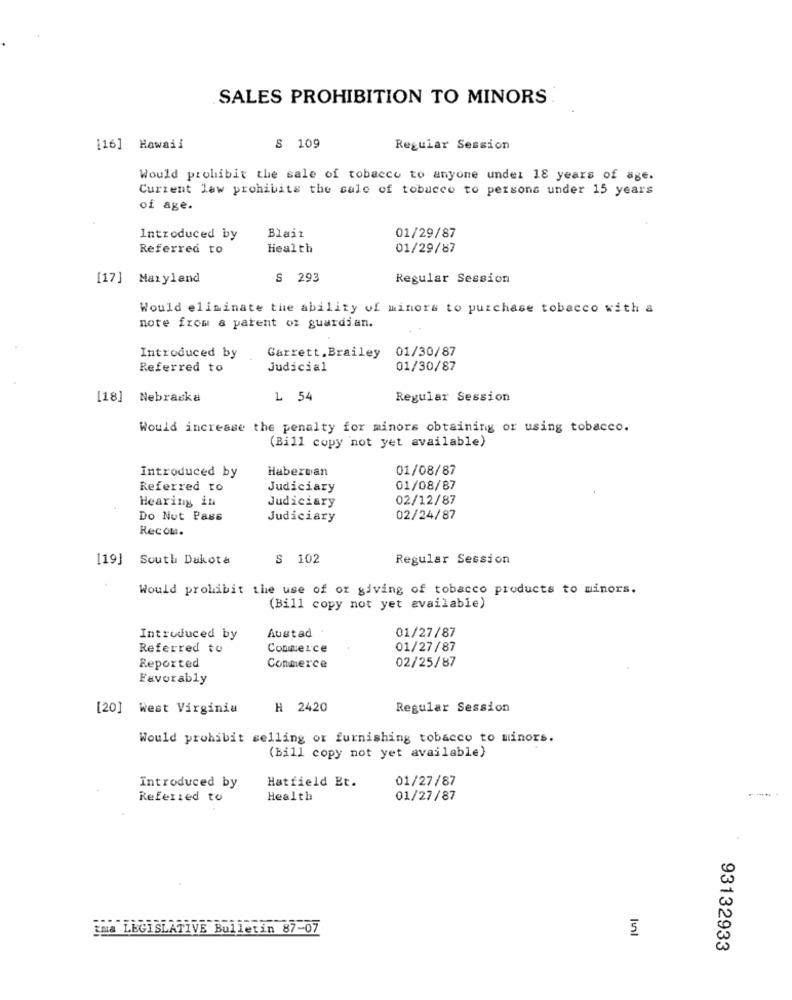
SALES PROHIBITION TO MINORS
[16] Hawaii
S 109
Regular Session
Would prohibit the sale of tobacco to anyone under 18 years of age.
Current law prohibits the sale of tobacco to persons under 15 years
of age.
Introduced by
Blaiz
01/29/87
Referred to
Health
01/29/87
[17] Maryland
S 293
Regular Session
Would eliminate the ability of minors to purchase tobacco with a
note from a patent oz guardian.
Garrett.Brailey
01/30/87
Introduced by
Referred to
Judicial
01/30/87
[18] Nebraska
1 54
Regular Session
Would increase the penalty for minors obtaining or using tobacco.
(Bill copy not yet available)
Introduced by
Habervan
01/08/87
Referred to
Judiciary
01/08/87
Hearing in
02/12/87
Judiciary
Do Not Pass
Judiciary
02/24/87
Recom.
[19] South Dakota
S 102
Regular Session
Would prohibit the use of or giving of tobacco products to minors.
(Bill copy not yet available)
Introduced by
Austad
01/27/87
Referred to
Commerce
01/27/87
Reported
Conmerce
02/25/87
Favorably
[20] west Virginia
H 2420
Regular Session
Would prohibit selling or furnishing tobacco to minors.
(Bill copy not yet available)
Hatfield Et.
01/27/87
Introduced by
----
Referred to
Health
01/27/87
tma LEGISLATIVE Bulletin 87-07
93132933